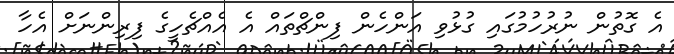
އެ ގޮތުން ނުރުހުމުގައި ގުޅުވި އަންހެން ފިންޗްތައް އެ އެއްޗެހީގެ ފިރިންނަށް އެހާ